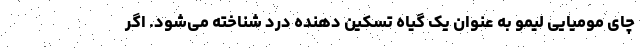
چای مومیایی لیمو به عنوان یک گیاه تسکین دهنده درد شناخته می‌شود. اگر